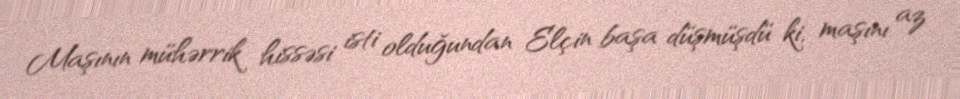
Maşının mühərrik hissəsi isti olduğundan Elçin başa düşmüşdü ki, maşını az